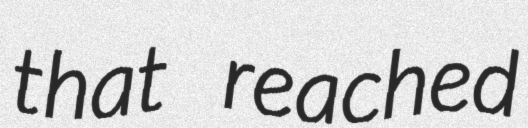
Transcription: that reached